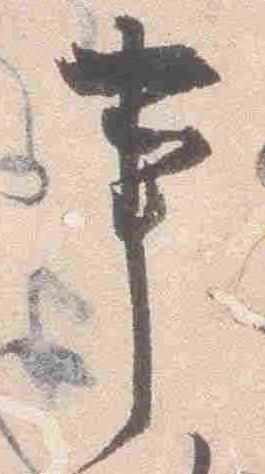
事